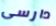
دارسى